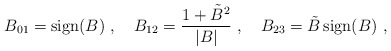
\begin{align*}B_{01}={\rm sign}(B)\ , \ \ \ B_{12}={1+{\tilde B}^2\over |B|}\ ,\ \ \ B_{23}= \tilde{B}\, {\rm sign}(B)\ ,\end{align*}